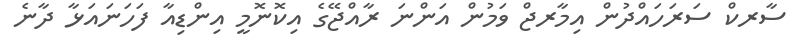
ސާރކް ސަރަހައްދުން އިމާރޖް ވަމުން އަންނަ ރާއްޖޭގެ އިކޮނޮމީ އިންޑިއާ ފަހަނައަޅާ ދާނެ